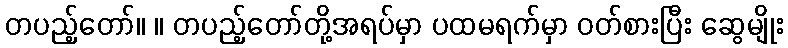
တပည့်တော်။ ။ တပည့်တော်တို့အရပ်မှာ ပထမရက်မှာ ဝတ်စားပြီး ဆွေမျိုး